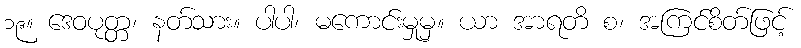
၁၉။ ဒေဝပုတ္တ၊ နတ်သား။ ပါပါ၊ မကောင်းမှုမှ။ ယာ အာရတိ စ၊ အကြင်စိတ်ဖြင့်